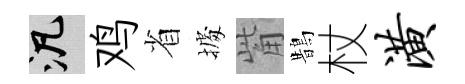
泛鸡省𢴃觜鵲杖潢